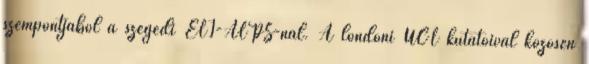
szempontjából a szegedi ELI-ALPS-nál. A londoni UCL kutatóival közösen